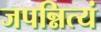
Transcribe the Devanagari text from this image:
जपन्नित्यं